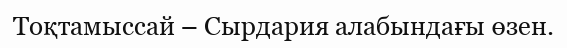
Тоқтамыссай – Сырдария алабындағы өзен.